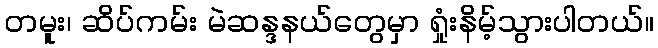
တမူး၊ ဆိပ်ကမ်း မဲဆန္ဒနယ်တွေမှာ ရှုံးနိမ့်သွားပါတယ်။